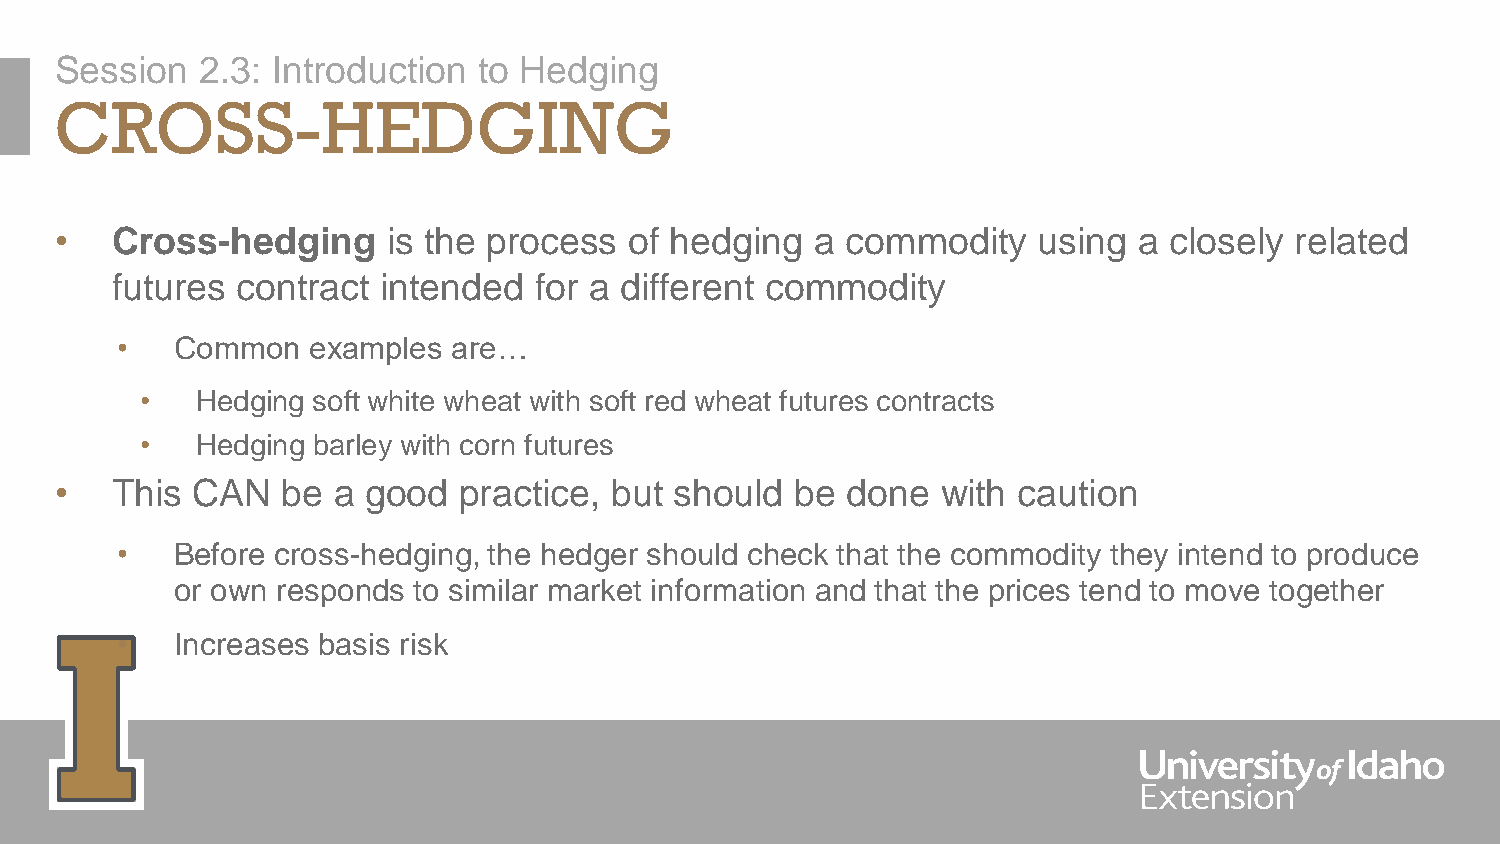
Session  2.3: Introduction  to Hedging
 CROSS-HEDGING
 •  Cross-hedging      is the process  of hedging  a commodity    using a closely  related
 futures  contract intended  for a different commodity
 •   Common  examples  are…
 •   Hedging soft white wheat with soft red wheat futures contracts
 •   Hedging barley with corn futures
 •  This  CAN   be a good  practice, but  should  be done  with caution
 •   Before cross-hedging, the hedger should check that the commodity they intend to produce
 or own responds to similar market information and that the prices tend to move together
 •   Increases basis risk